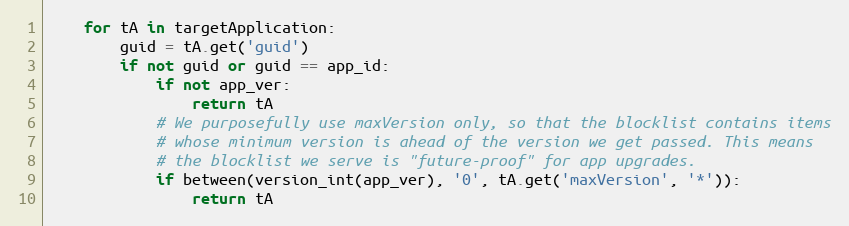
Language: Python
    for tA in targetApplication:
        guid = tA.get('guid')
        if not guid or guid == app_id:
            if not app_ver:
                return tA
            # We purposefully use maxVersion only, so that the blocklist contains items
            # whose minimum version is ahead of the version we get passed. This means
            # the blocklist we serve is "future-proof" for app upgrades.
            if between(version_int(app_ver), '0', tA.get('maxVersion', '*')):
                return tA